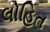
લોહિત